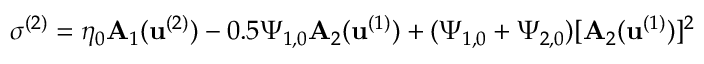
\boldsymbol { \sigma } ^ { ( 2 ) } = \eta _ { 0 } \mathbf { A } _ { 1 } ( \mathbf { u } ^ { ( 2 ) } ) - 0 . 5 \Psi _ { 1 , 0 } \mathbf { A } _ { 2 } ( \mathbf { u } ^ { ( 1 ) } ) + ( \Psi _ { 1 , 0 } + \Psi _ { 2 , 0 } ) [ \mathbf { A } _ { 2 } ( \mathbf { u } ^ { ( 1 ) } ) ] ^ { 2 }